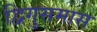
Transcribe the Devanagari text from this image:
द्विगुसमास